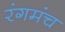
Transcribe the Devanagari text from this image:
रंगमंंच